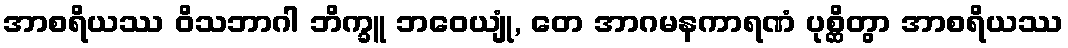
အာစရိယဿ ဝိသဘာဂါ ဘိက္ခူ ဘဝေယျုံ, တေ အာဂမနကာရဏံ ပုစ္ဆိတွာ အာစရိယဿ